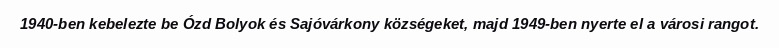
1940-ben kebelezte be Ózd Bolyok és Sajóvárkony községeket, majd 1949-ben nyerte el a városi rangot.